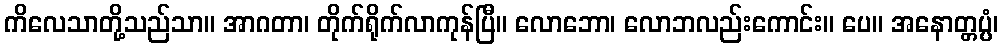
ကိလေသာတို့သည်သာ။ အာဂတာ၊ တိုက်ရိုက်လာကုန်ပြီ။ လောဘော၊ လောဘလည်းကောင်း။ ပေ။ အနောတ္တပ္ပံ၊